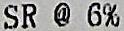
SR @ 6%